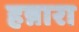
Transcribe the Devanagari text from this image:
हन्नारा